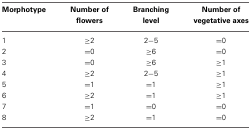
<table><thead><tr><td><b>Morphotype</b></td><td><b>Number of flowers</b></td><td><b>Branching level</b></td><td><b>Number of vegetative axes</b></td></tr></thead><tbody><tr><td>1</td><td>≥2</td><td>2−5</td><td>=0</td></tr><tr><td>2</td><td>=0</td><td>≥6</td><td>=0</td></tr><tr><td>3</td><td>=0</td><td>≥6</td><td>≥1</td></tr><tr><td>4</td><td>≥2</td><td>2−5</td><td>≥1</td></tr><tr><td>5</td><td>=1</td><td>=1</td><td>≥1</td></tr><tr><td>6</td><td>≥2</td><td>=1</td><td>≥1</td></tr><tr><td>7</td><td>=1</td><td>=0</td><td>=0</td></tr><tr><td>8</td><td>≥2</td><td>=1</td><td>=0</td></tr></tbody></table>